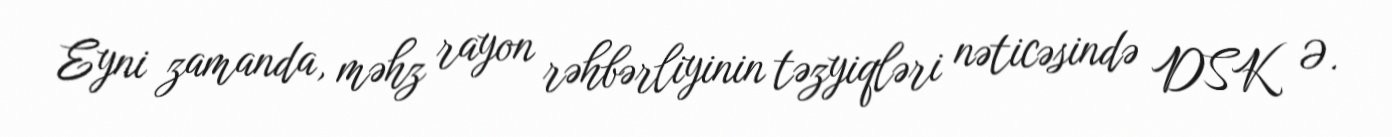
Eyni zamanda, məhz rayon rəhbərliyinin təzyiqləri nəticəsində DSK Ə.